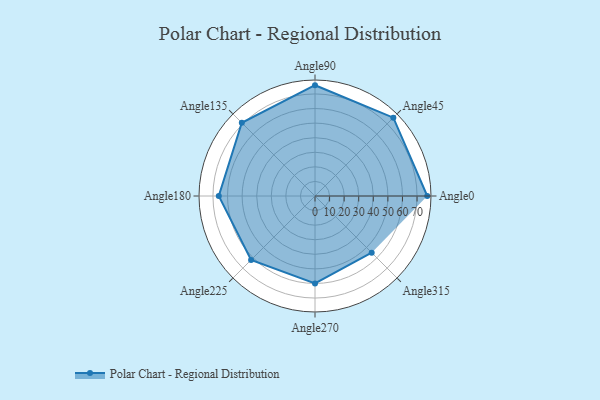
{"axis": {"x": "Angle", "y": "Radius"}, "legend": [""], "data": [{"x": "Angle0", "y": 77.0, "type": ""}, {"x": "Angle45", "y": 76.0, "type": ""}, {"x": "Angle90", "y": 76.0, "type": ""}, {"x": "Angle135", "y": 71.0, "type": ""}, {"x": "Angle180", "y": 66.0, "type": ""}, {"x": "Angle225", "y": 62.0, "type": ""}, {"x": "Angle270", "y": 60.0, "type": ""}, {"x": "Angle315", "y": 55.0, "type": ""}]}